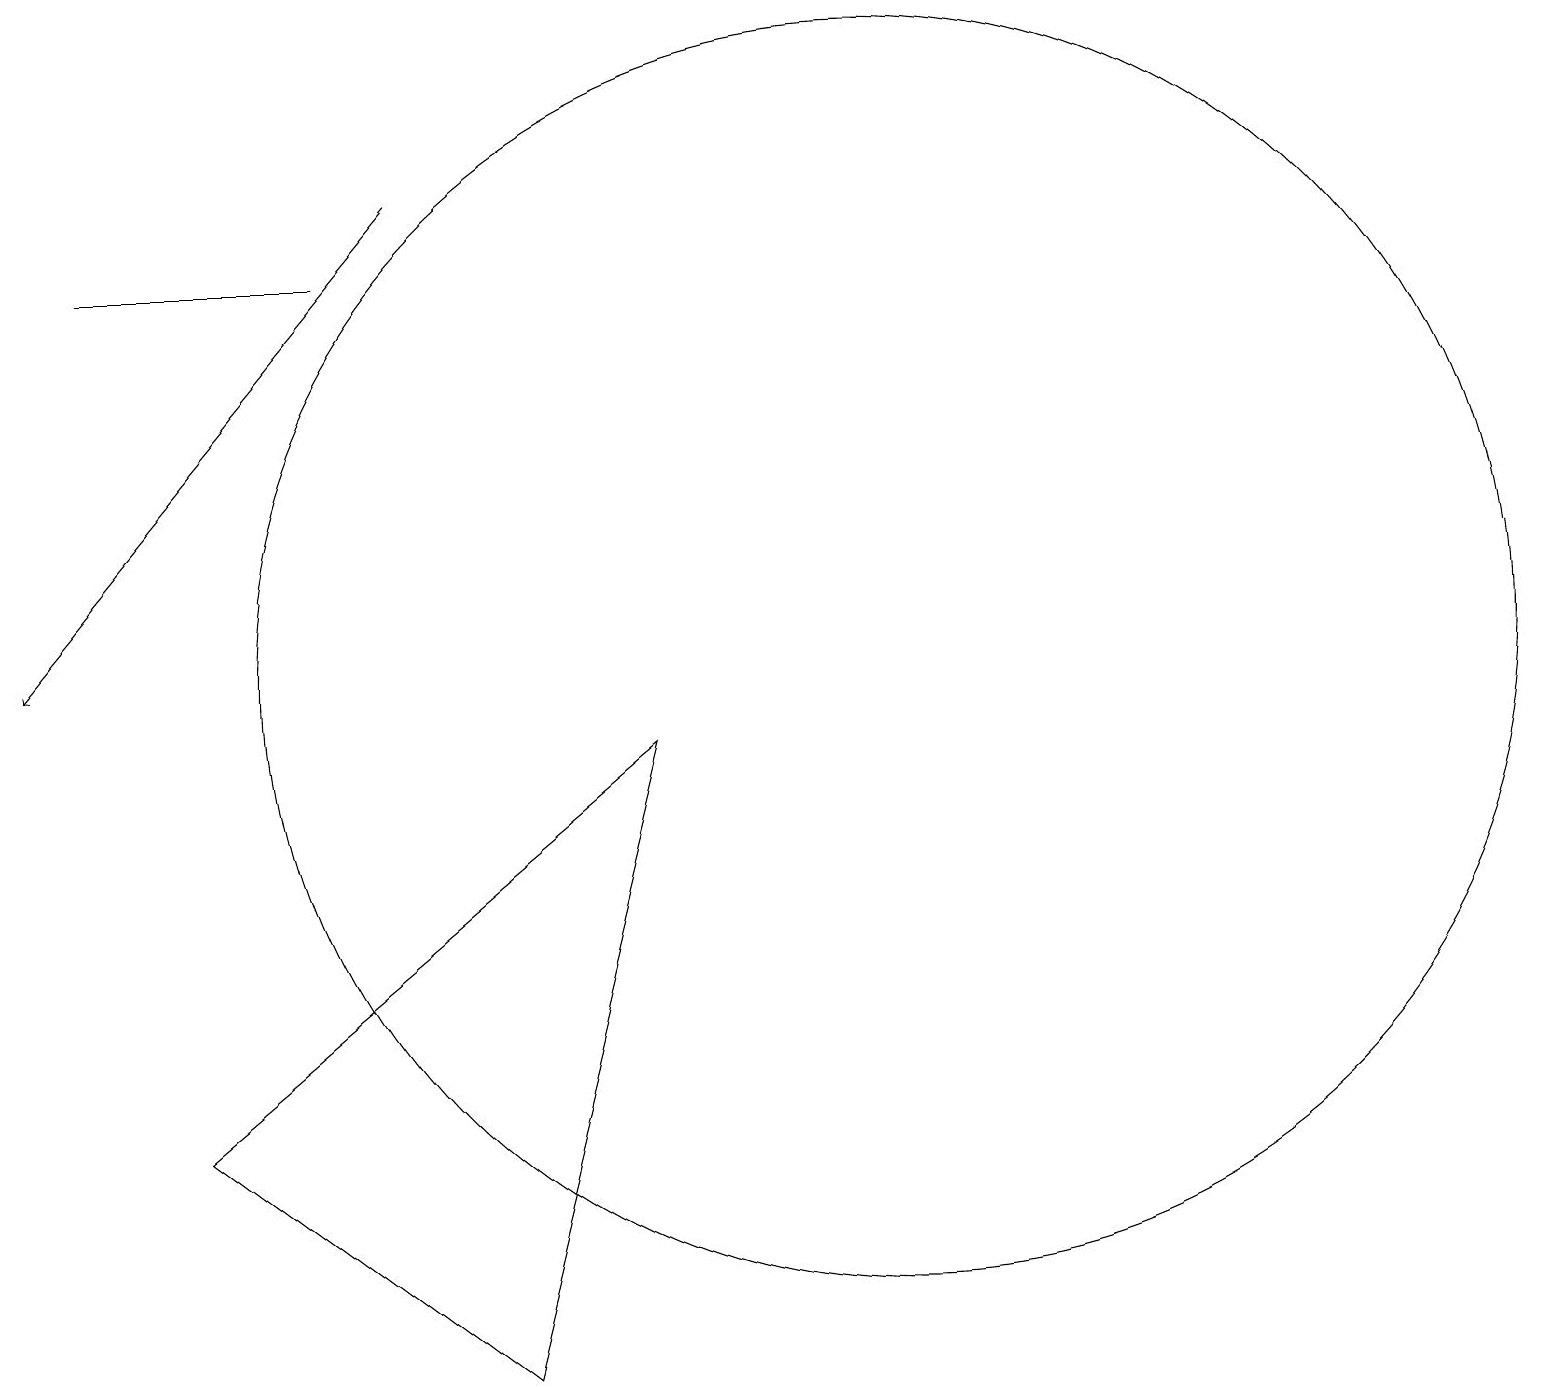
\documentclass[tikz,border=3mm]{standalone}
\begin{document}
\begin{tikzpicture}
\draw (4,15) rectangle (1,15);
\draw[->] (5,16) -- (0,10);
\draw (11,10) circle (8);
\draw (6,1) -- (8,9) -- (2,4) -- cycle;
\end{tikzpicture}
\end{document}